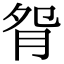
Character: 𦙵